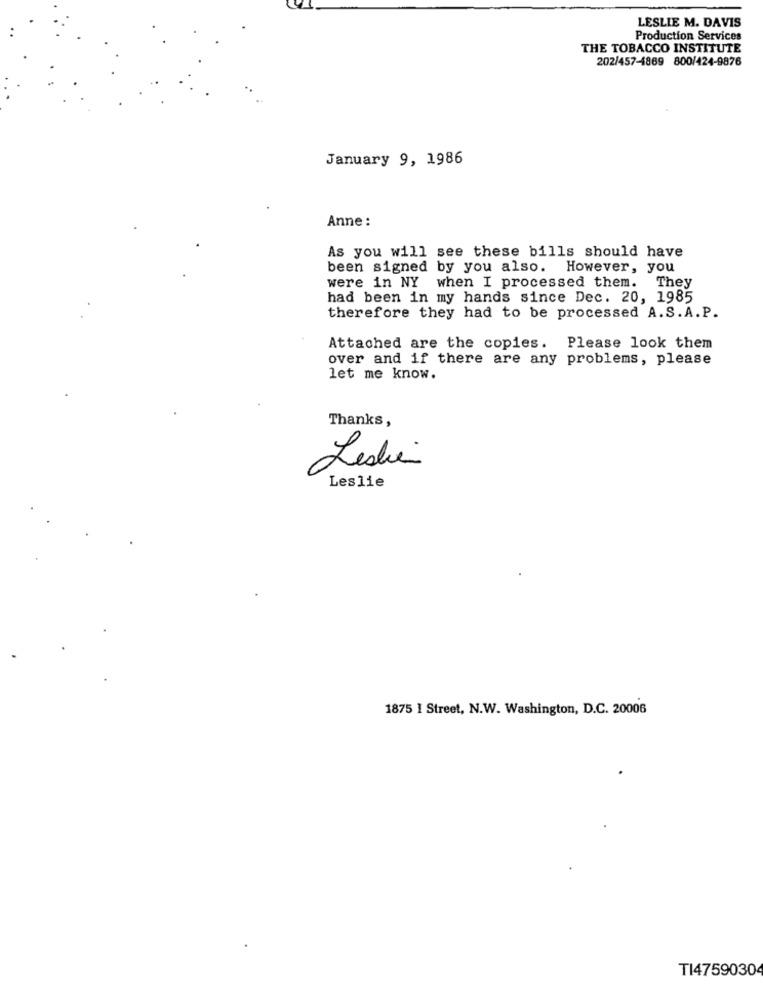
LESLIE M. DAVIS
Production Services
THE TOBACCO INSTITUTE
202/457-4869 800/424-9876
January 9, 1986
Anne :
As you will see these bills should have
been signed by you also. However, you
were in NY when I processed them. They
had been in my hands since Dec. 20, 1985
therefore they had to be processed A.S.A.P.
Attached are the copies. Please look them
over and if there are any problems, please
let me know.
Thanks,
Leslie
Leslie
1875 1 Street, N.W. Washington, D.C. 20006
TI4759030